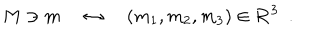
M \ni m \quad \leftrightarrow \quad ( m _ { 1 } , m _ { 2 } , m _ { 3 } ) \in { \bf R } ^ { 3 } \ \ .